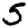
Digit: 5